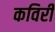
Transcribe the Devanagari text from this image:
कविरी